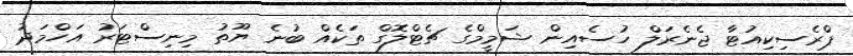
ޕްރެސިކިއުޓާ ޖެނެރަލް ހުސެއިން ޝަމީމްގެ ޗެޓްލޮގް ތަކެއް ބުނެ ޔޫތު މިނިސްޓަރު އަހްމަދު